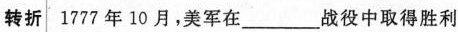
转折1777年10月，美军在___战役中取得胜利